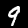
Label: 9